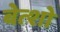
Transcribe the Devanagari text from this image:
बेत्शो